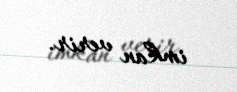
imkan verir.